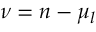
\nu = n - \mu _ { l }